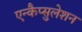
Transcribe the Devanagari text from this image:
एन्कैप्सुलेशन